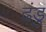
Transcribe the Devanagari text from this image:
ढंडु